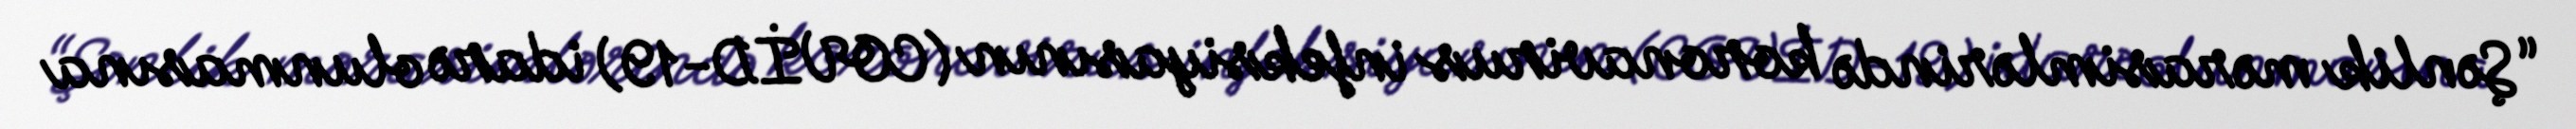
“Şənlik mərasimlərində koronavirus infeksiyasının (COVİD-19) idarə olunmasına